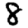
Digit: 8